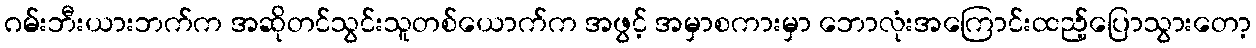
ဂမ်းဘီးယားဘက်က အဆိုတင်သွင်းသူတစ်ယောက်က အဖွင့် အမှာစကားမှာ ဘောလုံးအကြောင်းထည့်ပြောသွားတော့